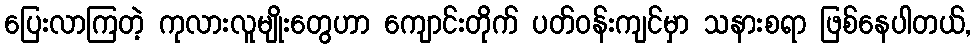
ပြေးလာကြတဲ့ ကုလားလူမျိုးတွေဟာ ကျောင်းတိုက် ပတ်ဝန်းကျင်မှာ သနားစရာ ဖြစ်နေပါတယ်,